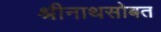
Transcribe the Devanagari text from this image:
श्रीनाथसोबत